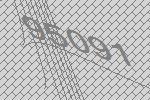
95091